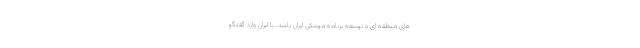
های منطقه ای و توسعه برنامه موشکی ایران باشد، با ایران وارد گفتگو